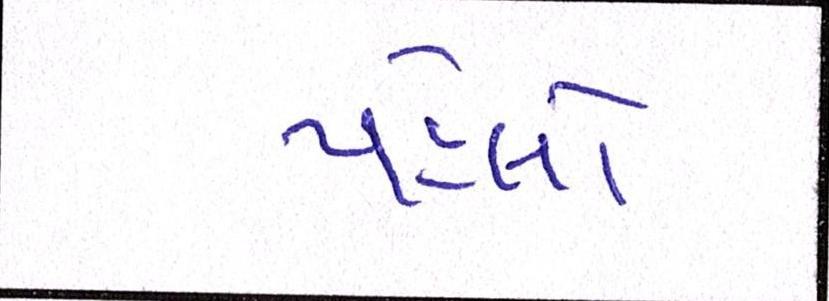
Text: પહેલો